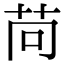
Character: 苘